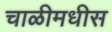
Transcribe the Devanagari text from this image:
चाळीमधीस